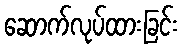
ဆောက်လုပ်ထားခြင်း